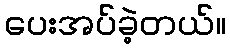
ပေးအပ်ခဲ့တယ်။